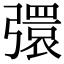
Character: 彋